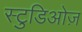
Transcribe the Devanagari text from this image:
स्टुडिओज़